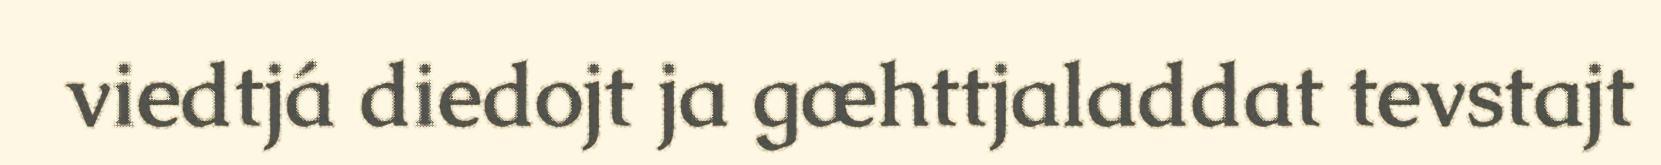
viedtjá diedojt ja gæhttjaladdat tevstajt